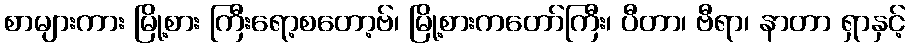
စာများကား မြို့စား ကြီးရော့စတော့ဗ်၊ မြို့စားကတော်ကြီး၊ ပီတာ၊ ဗီရာ၊ နာတာ ရှာနှင့်